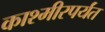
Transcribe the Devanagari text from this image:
काश्मीरपर्यंत